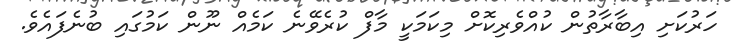
ހަރުކަށި އިބާރާތުން ކުއްވެރިކޮށް މިކަމަކީ މާފް ކުރެވޭނެ ކަމެއް ނޫން ކަމުގައި ބުނެފައެވެ.